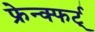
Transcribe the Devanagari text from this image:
फ्रेन्क्फर्ट्